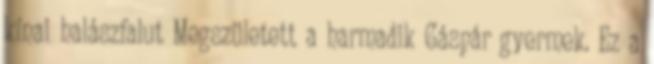
kínai halászfalut Megszületett a harmadik Gáspár gyermek. Ez a